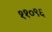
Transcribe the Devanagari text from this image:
११०९६